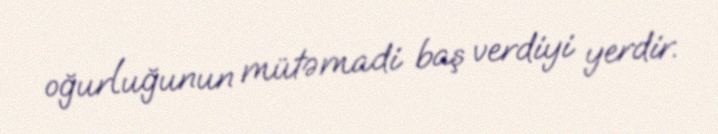
oğurluğunun mütəmadi baş verdiyi yerdir.